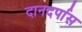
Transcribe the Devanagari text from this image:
दानदर्पास